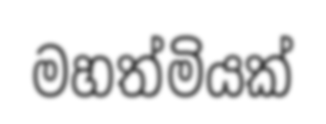
මහත්මියක්